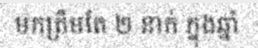
មកត្រឹមតែ ២ នាក់ ក្នុងឆ្នាំ